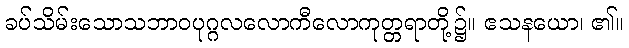
ခပ်သိမ်းသောသဘာဝပုဂ္ဂလလောကီလောကုတ္တရာတို့၌။ ဧသနယော၊ ၏။